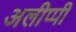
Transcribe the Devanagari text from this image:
अलीप्पी